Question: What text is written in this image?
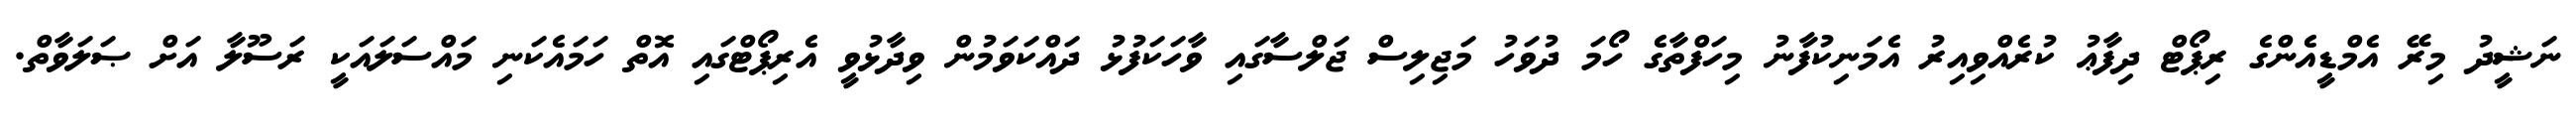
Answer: ނަޝީދު މިރޭ އެމްޑީއެންގެ ރިޕޯޓް ދިފާޢު ކުރެއްވިއިރު އެމަނިކުފާނު މިހަފްތާގެ ހޯމަ ދުވަހު މަޖިލިސް ޖަލްސާގައި ވާހަކަފުޅު ދައްކަވަމުން ވިދާޅުވީ އެރިޕޯޓްގައި އޮތް ހަމައެކަނި މައްސަލައަކީ ރަސޫލާ އަށް ޞަލަވާތް.